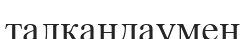
талқандаумен